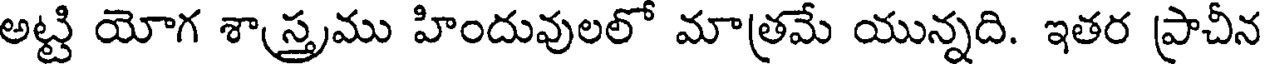
అట్టి యోగ శాస్త్రము హిందువులలో మాత్రమే యున్నది. ఇతర ప్రాచీన